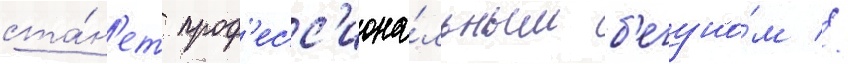
ста́н'ет проф'есс'иона́льным б'егуно́м //